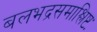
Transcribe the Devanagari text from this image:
बलभद्रसमाश्लिष्टः